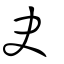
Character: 史